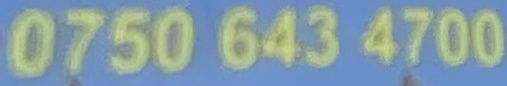
0750 643 4700